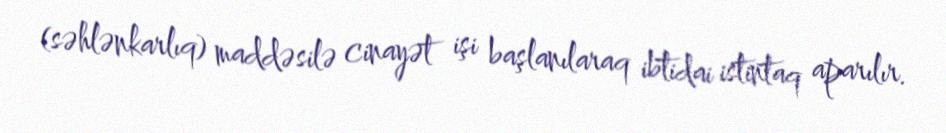
(səhlənkarlıq) maddəsilə cinayət işi başlanılaraq ibtidai istintaq aparılır.